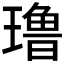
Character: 𰢑